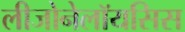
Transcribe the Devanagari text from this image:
लीजोनेलॉयसिस